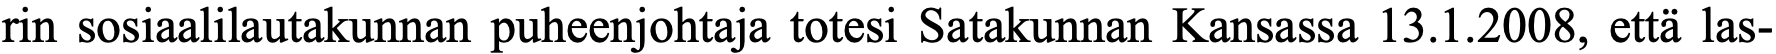
rin sosiaalilautakunnan puheenjohtaja totesi Satakunnan Kansassa 13.1.2008, että las-